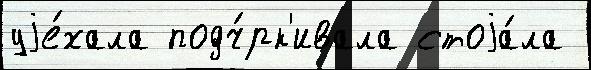
уjе́хала подч́рк'ивала стоjа́ла